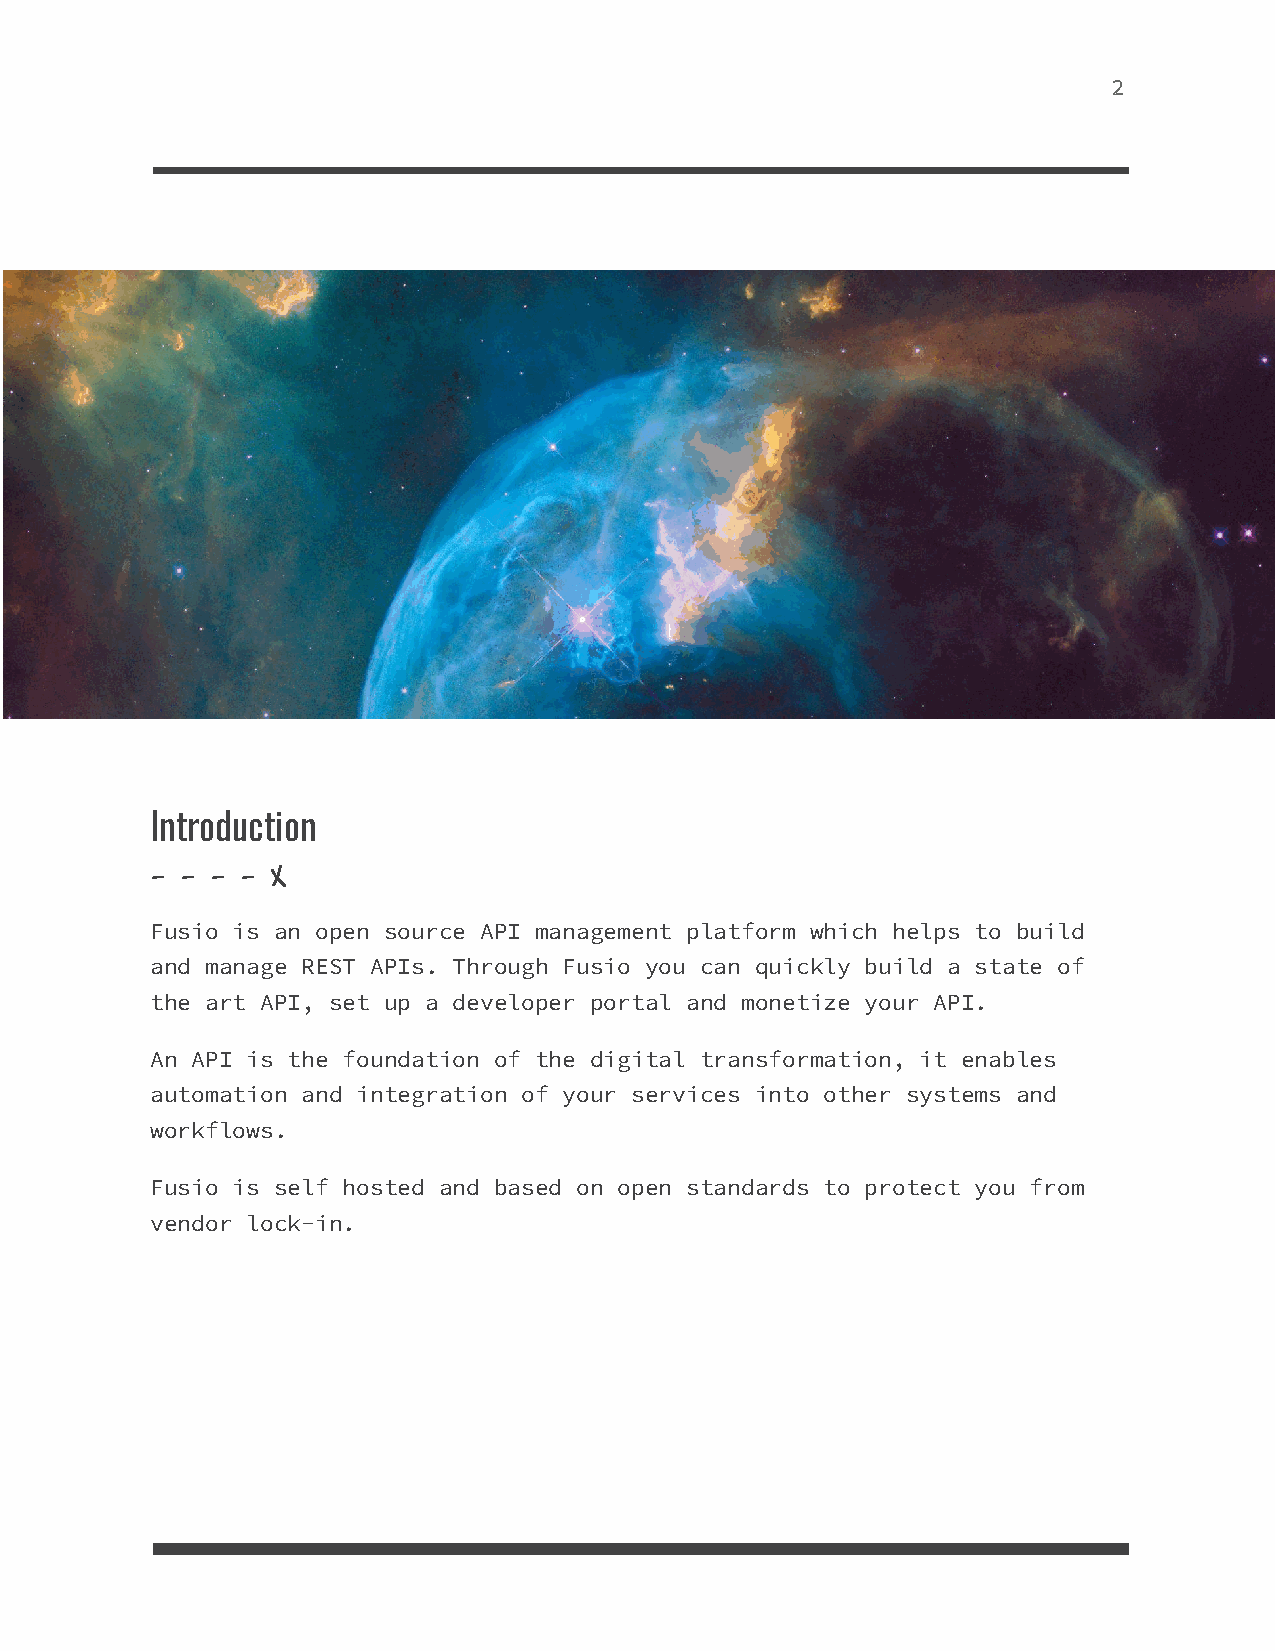
2
 Introduction
 - - - - X
 Fusio is an open source API management platform which helps to build
 and manage REST APIs. Through Fusio you can quickly build a state of
 the art API, set up a developer portal and monetize your API.
 An API is the foundation of the digital transformation, it enables
 automation and integration of your services into other systems and
 workflows.
 Fusio is self hosted and based on open standards to protect you from
 vendor lock-in.